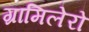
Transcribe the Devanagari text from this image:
ग्रामिलेरो